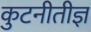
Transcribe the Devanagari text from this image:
कुटनीतीज्ञ